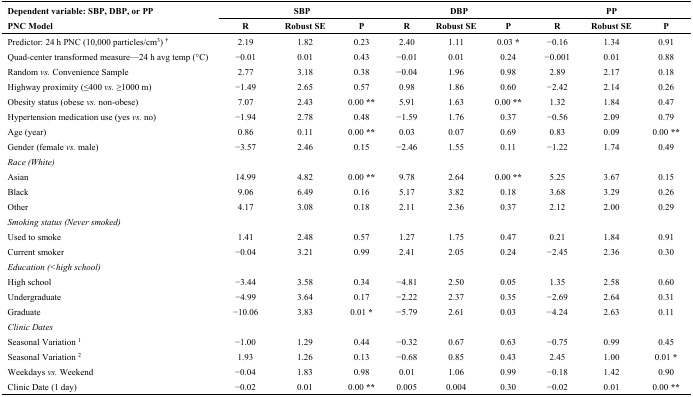
<table><thead><tr><td rowspan="2"><b>Dependent variable: SBP, DBP, or PPPNC Model</b></td><td colspan="3"><b>SBP</b></td><td colspan="3"><b>DBP</b></td><td></td><td><b>PP</b></td><td></td></tr><tr><td><b>R</b></td><td><b>Robust SE</b></td><td><b>P </b></td><td><b>R</b></td><td><b>Robust SE</b></td><td><b>P</b></td><td><b>R</b></td><td><b>Robust SE</b></td><td><b>P</b></td></tr></thead><tbody><tr><td>Predictor: 24 h PNC (10,000 particles/cm<sup>3</sup>) <sup>†</sup></td><td>2.19</td><td>1.82</td><td>0.23</td><td>2.40</td><td>1.11</td><td>0.03 *</td><td>−0.16</td><td>1.34</td><td>0.91</td></tr><tr><td>Quad-center transformed measure—24 h avg temp (°C)</td><td>−0.01</td><td>0.01</td><td>0.43</td><td>−0.01</td><td>0.01</td><td>0.24</td><td>−0.001</td><td>0.01</td><td>0.88</td></tr><tr><td>Random<i>vs.</i> Convenience Sample</td><td>2.77</td><td>3.18</td><td>0.38</td><td>−0.04</td><td>1.96</td><td>0.98</td><td>2.89</td><td>2.17</td><td>0.18</td></tr><tr><td>Highway proximity (≤400<i>vs.</i> ≥1000 m)</td><td>−1.49</td><td>2.65</td><td>0.57</td><td>0.98</td><td>1.86</td><td>0.60</td><td>−2.42</td><td>2.14</td><td>0.26</td></tr><tr><td>Obesity status (obese<i>vs.</i> non-obese)</td><td>7.07</td><td>2.43</td><td>0.00 **</td><td>5.91</td><td>1.63</td><td>0.00 **</td><td>1.32</td><td>1.84</td><td>0.47</td></tr><tr><td>Hypertension medication use (yes<i>vs.</i> no)</td><td>−1.94</td><td>2.78</td><td>0.48</td><td>−1.59</td><td>1.76</td><td>0.37</td><td>−0.56</td><td>2.09</td><td>0.79</td></tr><tr><td>Age (year)</td><td>0.86</td><td>0.11</td><td>0.00 **</td><td>0.03</td><td>0.07</td><td>0.69</td><td>0.83</td><td>0.09</td><td>0.00 **</td></tr><tr><td>Gender (female<i>vs.</i> male)</td><td>−3.57</td><td>2.46</td><td>0.15</td><td>−2.46</td><td>1.55</td><td>0.11</td><td>−1.22</td><td>1.74</td><td>0.49</td></tr><tr><td><i>Race (White)</i></td><td></td><td></td><td></td><td></td><td></td><td></td><td></td><td></td><td></td></tr><tr><td>Asian</td><td>14.99</td><td>4.82</td><td>0.00 **</td><td>9.78</td><td>2.64</td><td>0.00 **</td><td>5.25</td><td>3.67</td><td>0.15</td></tr><tr><td>Black</td><td>9.06</td><td>6.49</td><td>0.16</td><td>5.17</td><td>3.82</td><td>0.18</td><td>3.68</td><td>3.29</td><td>0.26</td></tr><tr><td>Other</td><td>4.17</td><td>3.08</td><td>0.18</td><td>2.11</td><td>2.36</td><td>0.37</td><td>2.12</td><td>2.00</td><td>0.29</td></tr><tr><td><i>Smoking status (Never smoked)</i></td><td></td><td></td><td></td><td></td><td></td><td></td><td></td><td></td><td></td></tr><tr><td>Used to smoke</td><td>1.41</td><td>2.48</td><td>0.57</td><td>1.27</td><td>1.75</td><td>0.47</td><td>0.21</td><td>1.84</td><td>0.91</td></tr><tr><td>Current smoker</td><td>−0.04</td><td>3.21</td><td>0.99</td><td>2.41</td><td>2.05</td><td>0.24</td><td>−2.45</td><td>2.36</td><td>0.30</td></tr><tr><td><i>Education (&lt;high school)</i></td><td></td><td></td><td></td><td></td><td></td><td></td><td></td><td></td><td></td></tr><tr><td>High school</td><td>−3.44</td><td>3.58</td><td>0.34</td><td>−4.81</td><td>2.50</td><td>0.05</td><td>1.35</td><td>2.58</td><td>0.60</td></tr><tr><td>Undergraduate</td><td>−4.99</td><td>3.64</td><td>0.17</td><td>−2.22</td><td>2.37</td><td>0.35</td><td>−2.69</td><td>2.64</td><td>0.31</td></tr><tr><td>Graduate</td><td>−10.06</td><td>3.83</td><td>0.01 *</td><td>−5.79</td><td>2.61</td><td>0.03</td><td>−4.24</td><td>2.63</td><td>0.11</td></tr><tr><td><i>Clinic Dates</i></td><td><i></i></td><td></td><td></td><td></td><td></td><td></td><td></td><td></td><td></td></tr><tr><td>Seasonal Variation <sup>1</sup></td><td>−1.00</td><td>1.29</td><td>0.44</td><td>−0.32</td><td>0.67</td><td>0.63</td><td>−0.75</td><td>0.99</td><td>0.45</td></tr><tr><td>Seasonal Variation <sup>2</sup></td><td>1.93</td><td>1.26</td><td>0.13</td><td>−0.68</td><td>0.85</td><td>0.43</td><td>2.45</td><td>1.00</td><td>0.01 *</td></tr><tr><td>Weekdays<i>vs.</i> Weekend</td><td>−0.04</td><td>1.83</td><td>0.98</td><td>0.01</td><td>1.06</td><td>0.99</td><td>−0.18</td><td>1.42</td><td>0.90</td></tr><tr><td>Clinic Date (1 day)</td><td>−0.02</td><td>0.01</td><td>0.00 **</td><td>0.005</td><td>0.004</td><td>0.30</td><td>−0.02</td><td>0.01</td><td>0.00 **</td></tr></tbody></table>